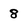
Character: 8